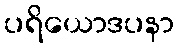
ပရိယောဒပနာ